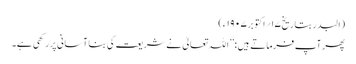
(البدر بتاریخ ۱۷؍اکتوبر ۱۹۰۷ ء)
پھر آپ فرماتے ہیں :’’اللہ تعالیٰ نے شریعت کی بنا آسانی پررکھی ہے۔